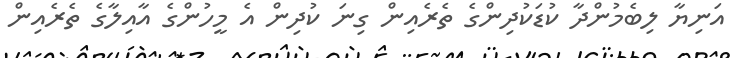
އަނިޔާ ލިބެމުންދާ ކުޑަކުދިންގެ ތެރެއިން ގިނަ ކުދިން އެ މީހުންގެ އާއިލާގެ ތެރެއިން